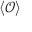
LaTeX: \langle { \mathcal { O } } \rangle